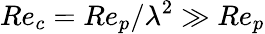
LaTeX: Re_{c}=Re_{p}/\lambda^{2}\gg Re_{p}